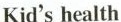
Kid's health